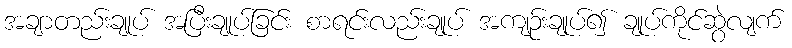
အချာတည်းချုပ် အပြီးချုပ်ခြင်း စာရင်းလည်းချုပ် အကျဉ်းချုပ်၍ ချုပ်ကိုင်ဆွဲလျက်